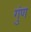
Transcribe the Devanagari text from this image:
गुंण